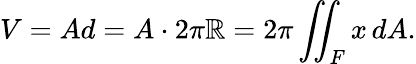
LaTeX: V=Ad=A\cdot2\pi\mathbb{R}=2\pi\iint_{F}x\, dA.